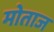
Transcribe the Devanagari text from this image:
मोताज